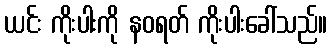
ယင်း ကိုးပါးကို နဝရတ် ကိုးပါးခေါ်သည်။